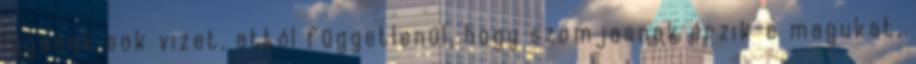
Igyanak sok vizet, attól függetlenül, hogy szomjasnak érzik-e magukat,